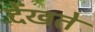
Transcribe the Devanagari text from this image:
देंखते